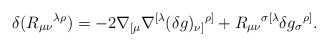
\begin{align*}\delta(R_{\mu\nu}{}^{\lambda\rho}) =-2 \nabla_{[\mu} \nabla^{[\lambda} (\delta g)_{\nu]}{}^{\rho]}+R_{\mu\nu}{}^{\sigma[\lambda} \delta g_\sigma{}^{\rho]}{}.\end{align*}